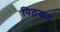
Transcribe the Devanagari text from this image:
पिठकर